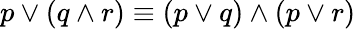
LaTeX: p\vee(q\wedge r)\equiv(p\vee q)\wedge(p\vee r)